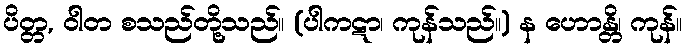
ပိတ္တ, ဝါတ စသည်တို့သည်။ (ပါကဋာ၊ ကုန်သည်။) န ဟောန္တိ၊ ကုန်။